Leaving Certificate Examination, 1905
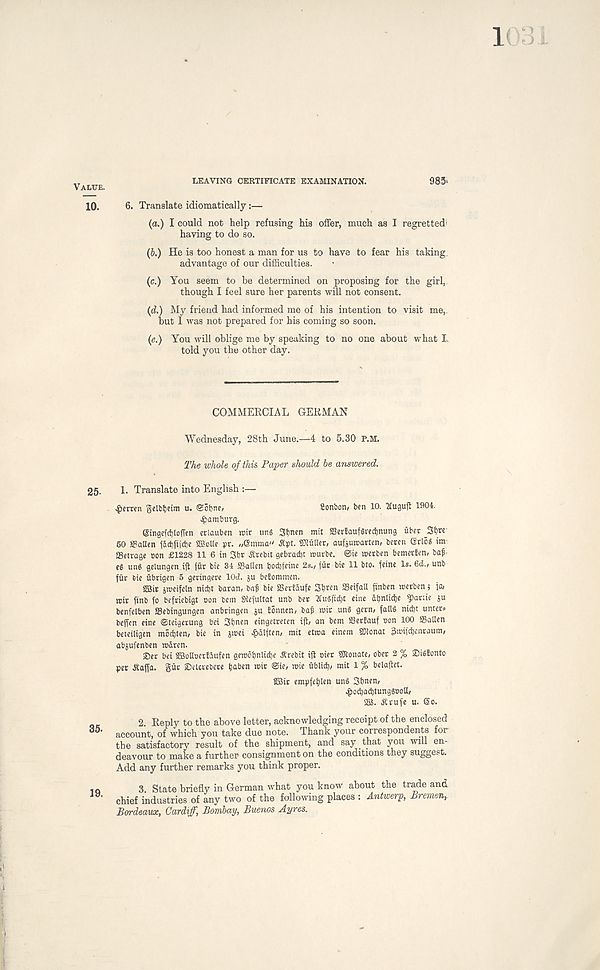
Value.
10.
25-
35.
19.
LEAVING CERTIFICATE EXAMINATION.
985'
6. Translate idiomatically:—
(a.) I could not help refusing his offer, much as I regretted'
having to do so.
(6.) He is too honest a man for us to have to fear his taking
advantage of our difficulties.
(c.) You seem to be determined on proposing for the girl,
though I feel sure her parents will not consent.
(d.) My friend had informed me of his intention to visit me,
but I was not prepared for his coming so soon.
(e.) You will oblige me by speaking to no one about what I
told you the other day.
COMMEECIAL GERMAN
Wednesday, 28th June.—4 to 5.30 p.m.
T/ie whole of this. Paper should be answered.
1. Translate into English :—
^cmn gelbljcim u. Sobne,
Sonbon, ben 10. Ituguft 1904.
Hamburg.
6ingefd)lojTen crlauben roir unS Sljnen mit SSertaufgredjnung uber
50 S3aUen fdct)ftid)e ©olle pr. „einma" Jtpt. SDluUer, aufsuroarten, bercu (SrloS im-
SSetrage con £1228 11 6 in 3br ^rebit gebrad)t rourbe. @ie roerben bemerfen, baf
eg ung gelungen ijt fur bie 34 ffiailen bodjeine 2s., fur bie 11 bto. feine Is. 6d., unb
ffir 6ie ubrigen 5 geringere lOd. ju befommen.
2Bir jmeifeln nicl)t baran, baf bie SSerfdufe 3f)ren SeifaU ftnben roerben; fa,
roir finb fo befriebigt non bem SKefultat unb ber 3Cu8fid)t eine dljnlidje ^)arae ju
benfeiben ffiebingungen anbringen ju fonnen, ba§ roir un8 gern, fall8 nid)t unter*
beffen eine ©teigerung bei Sbnen eingetreten iff, an bem SBertauf non 100 SSailen
beteiligen modjten, bie in jmei ^dlften, mit etma einem SOionat Smifdjenraum,
abjufenben mdren.
®er bei iffiolloerfdufen gemofjnlidje ^rebit ift oier SKonate, ober 2 % 2)i8lonto
per ^affa. gur Seicrebete fjaben mit @te, mie flblid), mit 1 % belaftet.
2Bir empfe^len und 3f)nen,
^5od)ad)tungSooU,
SB. dtrufe u. (So.
2. Reply to the above letter, acknowledging receipt of the enclosed
account, of which you take due note. Thank your correspondents for
the satisfactory result of the shipment, and say that you will en-
deavour to make a further consignment on the conditions they suggest.
Add any further remarks you think proper.
3 State briefly in German what you know about the trade and
chief industries of any two of the following places : Antwerp, Bremen,
Bordeaux, Cardiff, Bombay, Buenos Ayres.